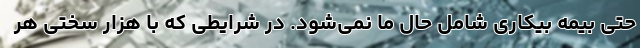
حتی بیمه بیکاری شامل حال ما نمی‌شود. در شرایطی که با هزار سختی هر